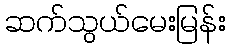
ဆက်သွယ်မေးမြန်း